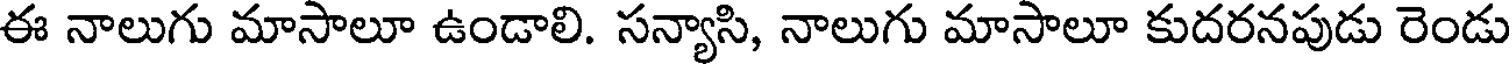
ఈ నాలుగు మాసాలూ ఉండాలి. సన్యాసి, నాలుగు మాసాలూ కుదరనపుడు రెండు